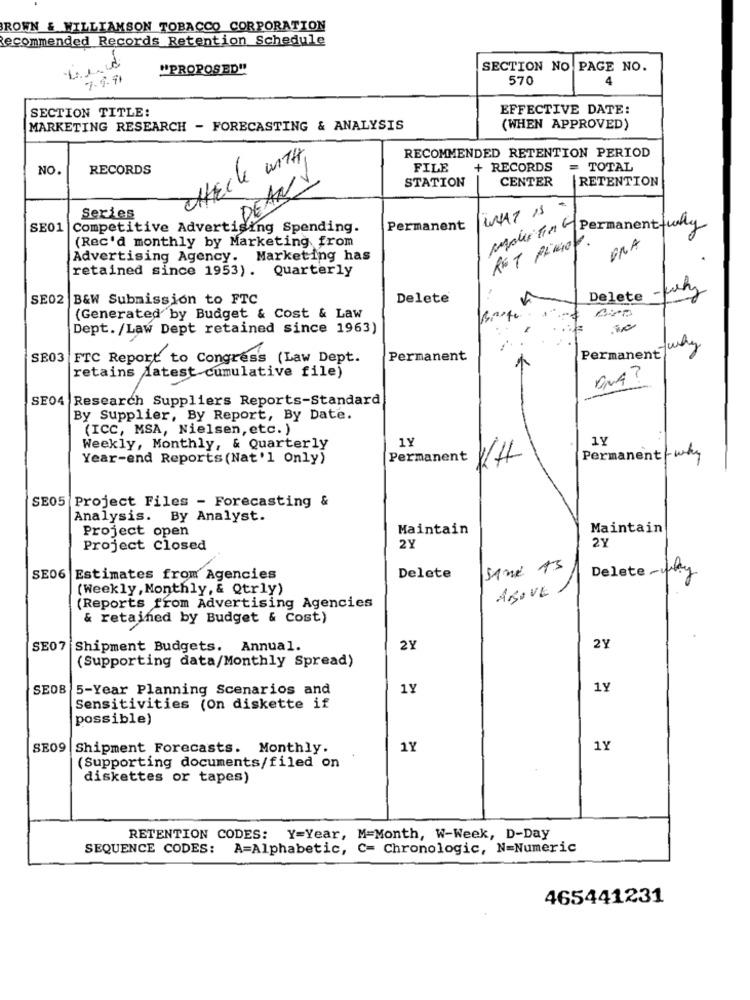
BROWN & WILLIAMSON TOBACCO CORPORATION
Recommended Records Retention Schedule
"PROPOSED"
SECTION NO PAGE NO.
7- 9- 11
570
4
SECTION TITLE:
EFFECTIVE DATE:
MARKETING RESEARCH - FORECASTING & ANALYSIS
(WHEN APPROVED)
RECOMMENDED RETENTION PERIOD
CHECK WITH,
NO.
RECORDS
FILE
+ RECORDS
= TOTAL
( DEAL
CENTER
RETENTION
STATION
WHAT 13
Series
SE01 |Competitive Advertising Spending.
Permanent
Maler lin Permanent fully
(Rec'd monthly by Marketing from
PRA
Advertising Agency. Marketing has
retained since 1953). Quarterly
- why
SE02
B&W Submission to FTC
Delete
Delete
(Generated by Budget & Cost & Law
Dept. /Law Dept retained since 1963)
SE03 FTC Report to Congress (Law Dept.
Permanent
Permanent
retains latest cumulative file)
ONA ?
SE04 Research Suppliers Reports-Standard
By Supplier, By Report, By Date.
(ICC, MSA, Nielsen, etc. )
1Y
1Y
Weekly, Monthly, & Quarterly
Year-end Reports (Nat'l Only)
Permanent
1/4
Permanent-why
SE05 Project Files - Forecasting &
Analysis. By Analyst.
Project open
Maintain
Maintain
2Y
Project closed
2Y
SE06 Estimates from Agencies
Delete
Delete- way
(Weekly , Monthly, & Qtrly)
ABOVE
(Reports from Advertising Agencies
& retained by Budget & Cost)
SE07 Shipment Budgets. Annual.
2Y
2Y
(Supporting data/Monthly Spread)
SEO8 5-Year Planning Scenarios and
1Y
1Y
Sensitivities (On diskette if
possible)
SE09 Shipment Forecasts. Monthly.
1Y
1Y
(Supporting documents/filed on
diskettes or tapes)
RETENTION CODES: Y=Year, M=Month, W-Week, D-Day
SEQUENCE CODES: A=Alphabetic, C= Chronologic, N=Numeric
465441231